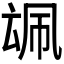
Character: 𪠜